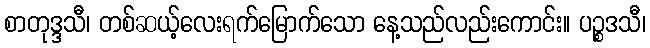
စာတုဒ္ဒသီ၊ တစ်ဆယ့်လေးရက်မြောက်သော နေ့သည်လည်းကောင်း။ ပဉ္စဒသီ၊